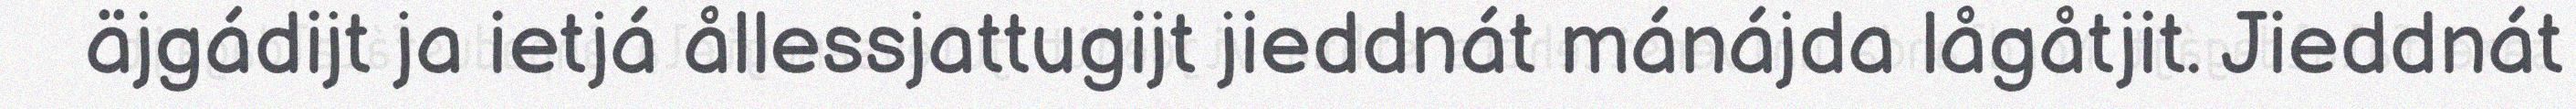
äjgádijt ja ietjá ållessjattugijt jieddnát mánájda lågåtjit. Jieddnát